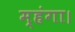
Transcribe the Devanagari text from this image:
म्हंगा।